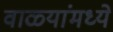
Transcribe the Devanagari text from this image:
वाळ्यांमध्ये